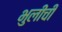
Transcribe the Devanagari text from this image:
भुलीची